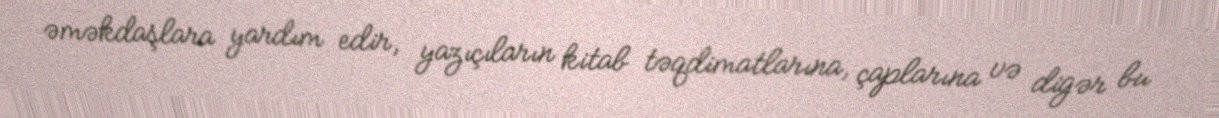
əməkdaşlara yardım edir, yazıçıların kitab təqdimatlarına, çaplarına və digər bu